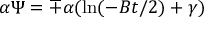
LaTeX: \alpha \Psi = \mp \alpha ( \ln ( - B t / 2 ) + \gamma )